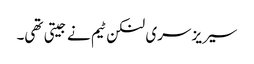
سیریز سری لنکن ٹیم نے جیتی تھی۔